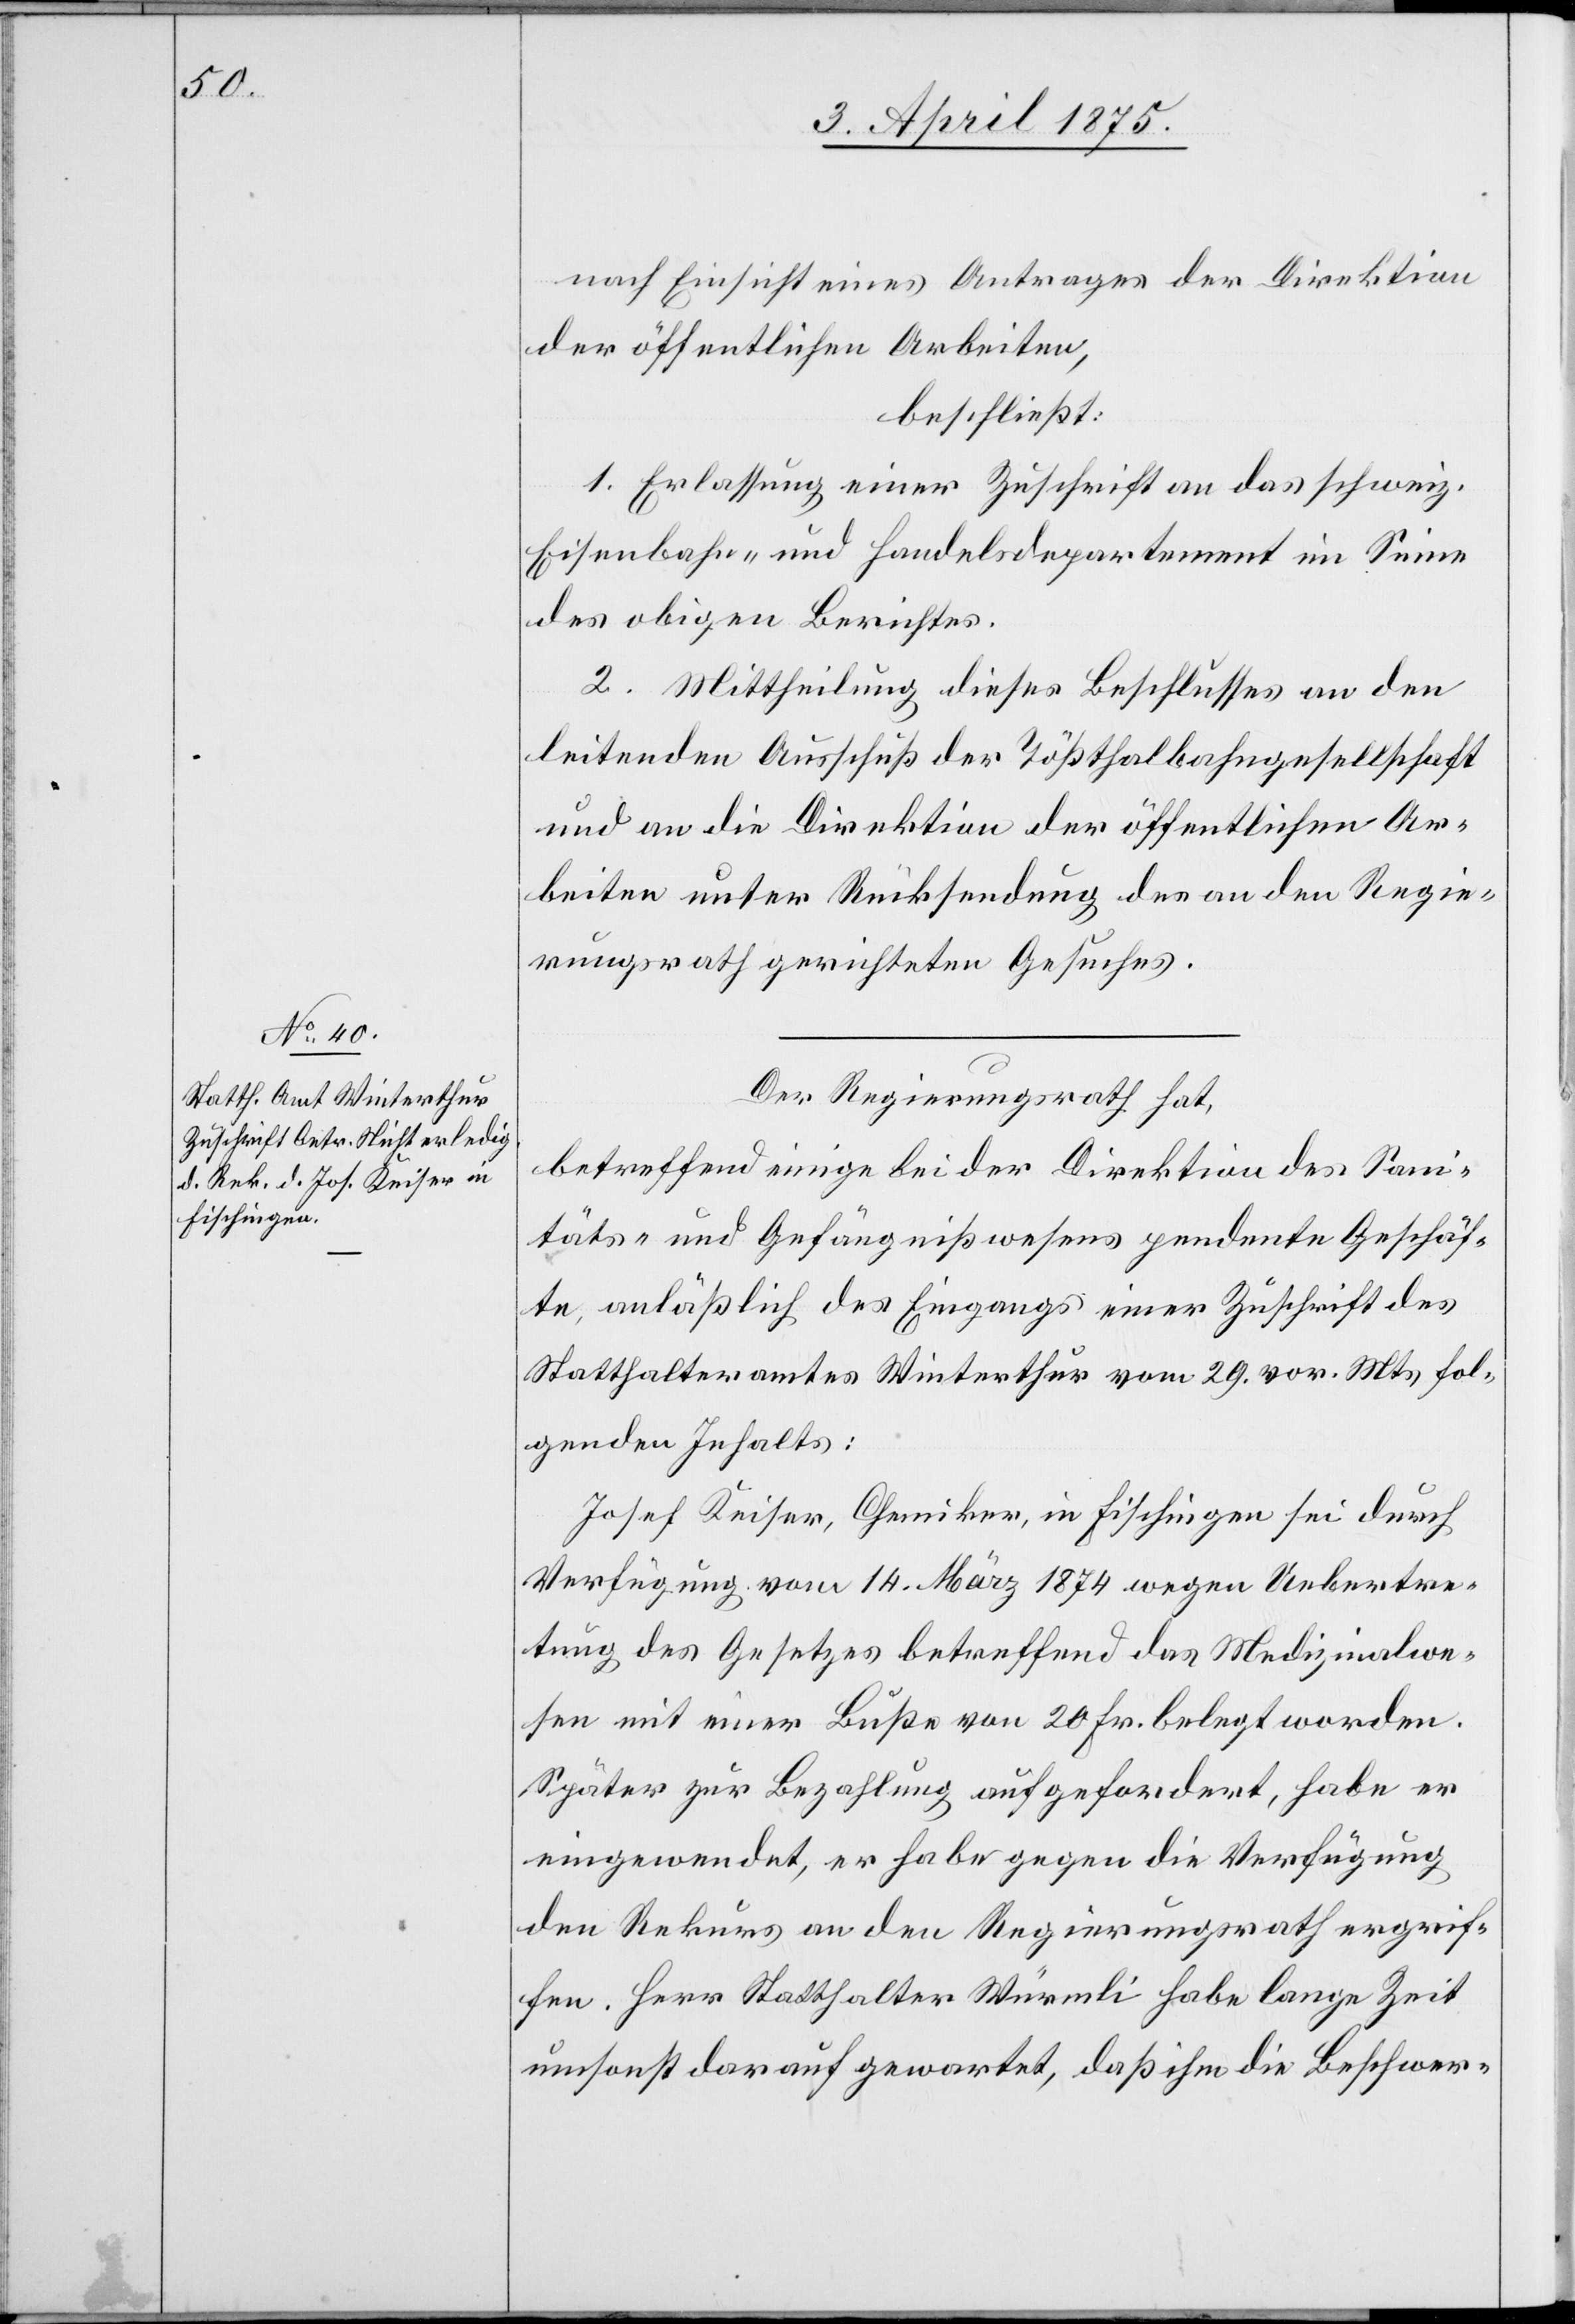
nach Einsicht eines Antrages der Direktion
der öffentlichen Arbeiten,
beschließt:
1. Erlassung einer Zuschrift an das schweiz.
Eisenbahn- und Handelsdepartement im Sinne
des obigen Berichtes.
2. Mittheilung dieses Beschlusses an den
leitenden Ausschuß der Tößthalbahngesellschaft
und an die Direktion der öffentlichen Ar¬
beiten unter Rücksendung das an de Regie¬
rungsrath gerichteten Gesuches.
Der Regierungsrath hat,
betreffend einige bei der Direktion des Sani¬
täts- und Gefängnißwesens pendente Geschäf¬
te anläßlich des Eingangs einer Zuschrift des
Statthalteramtes Winterthur vom 29. vor. Mts. fol¬
genden Inhalts:
Josef Keiser, Chemiker, in Fischingen sei durch
Verfügung vom 14. März 1874 wegen Uebertre¬
tung des Gesetzes betreffend das Medizinalwe¬
sen mit einer Buße von 20 Fr. belegt worden.
Später zur Bezahlung aufgefordert, habe er
eingewendet, er habe gegen die Verfügung
den Rekurs an den Regierungsrath ergrif¬
fen. Herr Statthalter Würmli habe lange Zeit
umsonst darauf gewartet, daß ihm die Beschwer-